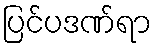
ပြင်ပဒဏ်ရာ